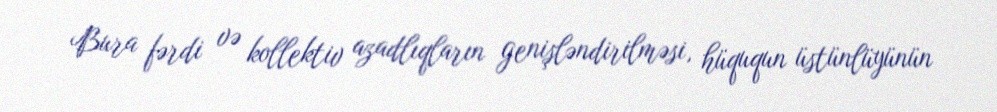
Bura fərdi və kollektiv azadlıqların genişləndirilməsi, hüququn üstünlüyünün